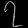
Digit: ၇